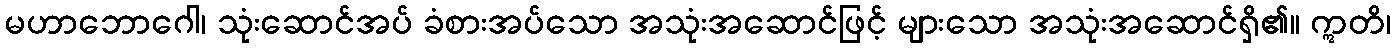
မဟာဘောဂေါ၊ သုံးဆောင်အပ် ခံစားအပ်သော အသုံးအဆောင်ဖြင့် များသော အသုံးအဆောင်ရှိ၏။ ဣတိ၊